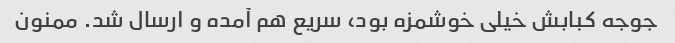
جوجه کبابش خیلی خوشمزه بود، سریع هم آمده و ارسال شد. ممنون